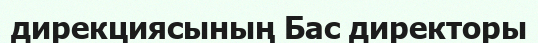
дирекциясының Бас директоры